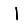
Digit: 1